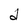
Character: d